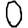
Digit: 0